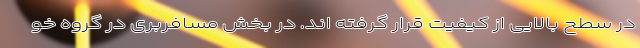
در سطح بالایی از کیفیت قرار گرفته اند. در بخش مسافربری در گروه خو